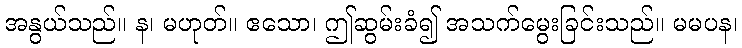
အနွယ်သည်။ န၊ မဟုတ်။ ဧသော၊ ဤဆွမ်းခံ၍ အသက်မွေးခြင်းသည်။ မမပန၊